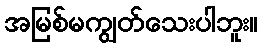
အမြစ်မကျွတ်သေးပါဘူး။